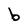
Character: b